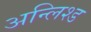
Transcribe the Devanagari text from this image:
अन्लिश्ड